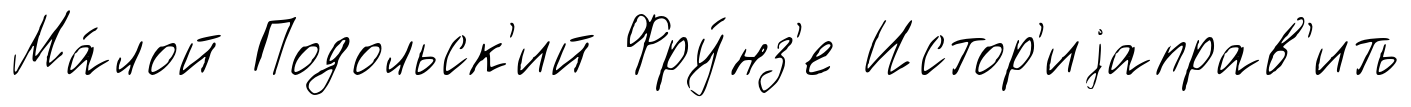
Ма́лой Подольск'ий Фру́нз'е Истор'иjаправ'ить